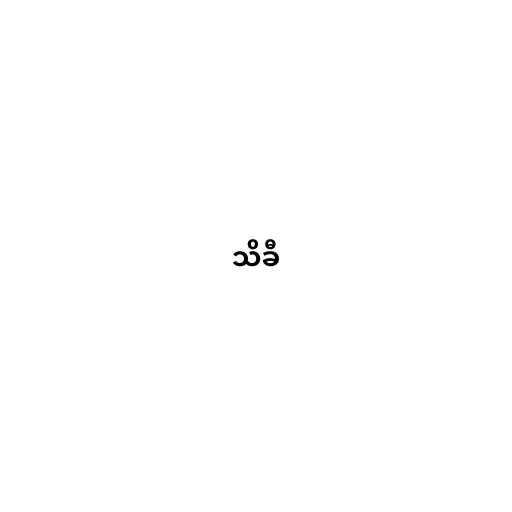
သိခီ